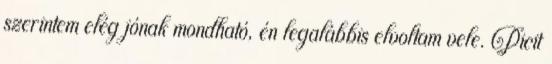
szerintem elég jónak mondható, én legalábbis elvoltam vele. Picit